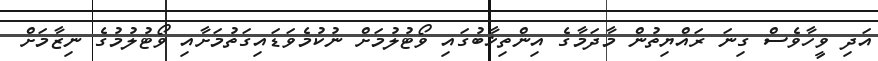
އަދި ވީހާވެސް ގިނަ ރައްޔިތުން މާދަމާގެ އިންތިޚާބުގައި ވޯޓުލުމަށް ނުކުމެވަޑައިގަތުމަށާއި ވޯޓުލުމުގެ ނިޒާމަށް